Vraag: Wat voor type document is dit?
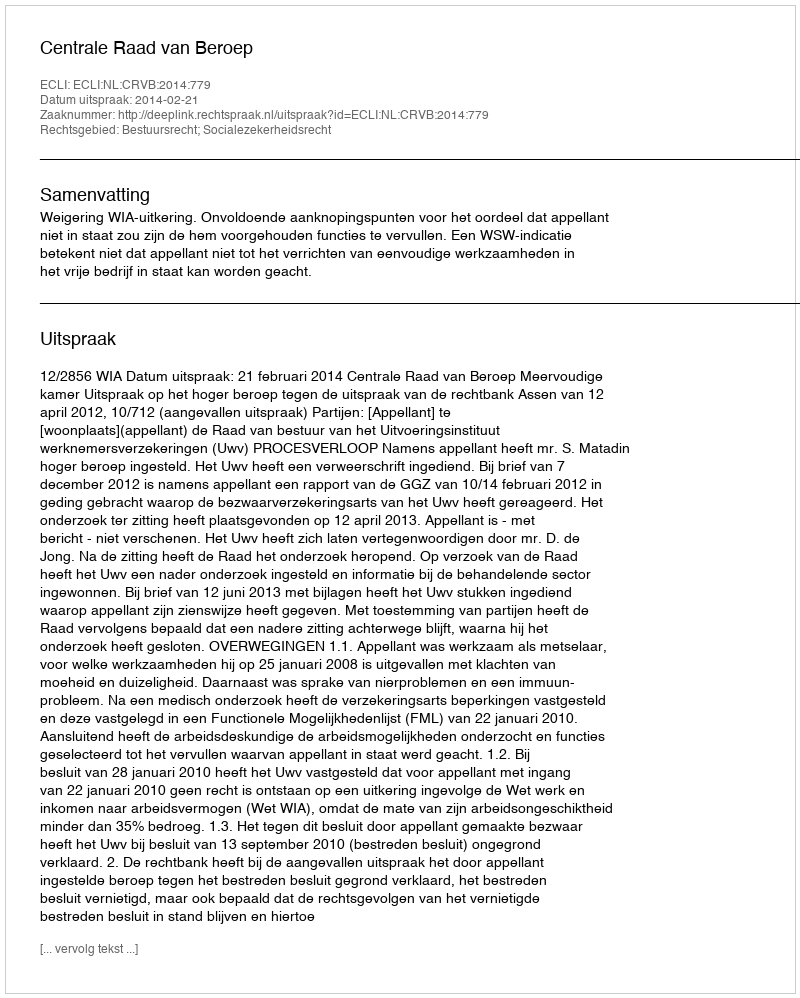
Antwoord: Uitspraak